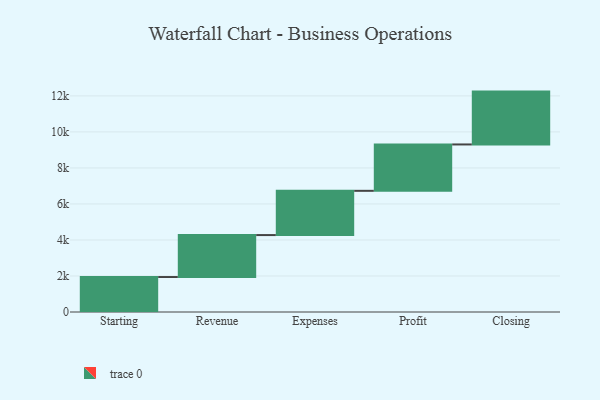
{"axis": {"x": "Step", "y": "Value"}, "legend": [""], "data": [{"x": "Starting", "y": 1942.0, "type": ""}, {"x": "Revenue", "y": 2330.0, "type": ""}, {"x": "Expenses", "y": 2457.0, "type": ""}, {"x": "Profit", "y": 2575.0, "type": ""}, {"x": "Closing", "y": 2935.0, "type": ""}]}